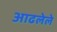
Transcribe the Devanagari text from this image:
आढलेले